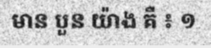
មាន បួន យ៉ាង គឺ ៖ ១